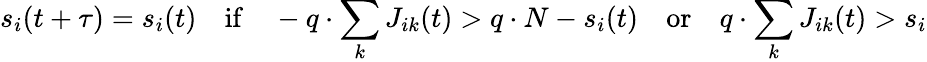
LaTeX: s_{i}(t+\tau)=s_{i}(t)\quad\mathrm{if}\quad-q\cdot\sum_{k}J_{ik}(t)>q\cdot N-s_{i}(t)\quad\mathrm{or}\quad q\cdot\sum_{k}J_{ik}(t)>s_{i}